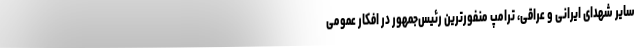
سایر شهدای ایرانی و عراقی، ترامپ‌ منفورترین رئیس‌جمهور در افکار عمومی